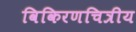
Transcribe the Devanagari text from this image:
विकिरणचित्रीय